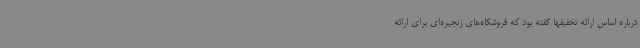
درباره اساس ارائه تخفیفها گفته بود که فروشگاه‌های زنجیره‌ای برای ارائه